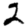
Digit: 2